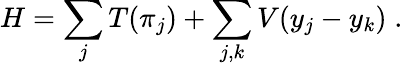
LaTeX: H=\sum_{j}T(\pi_{j})+\sum_{j,k}V(y_{j}-y_{k})\; .